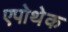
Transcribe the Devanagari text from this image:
एपोथेक